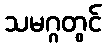
သမဂ္ဂတွင်